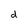
Character: d